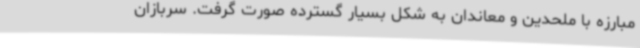
مبارزه با ملحدین و معاندان به شکل بسیار گسترده صورت گرفت. سربازان